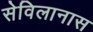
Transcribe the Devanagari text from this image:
सेविलानास